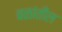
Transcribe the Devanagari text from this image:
बळांतील